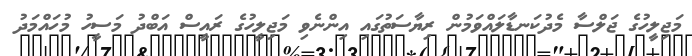
މަޖިލީހުގެ ޖަލްސާ މެދުކަނޑާލައްވަމުން ރިޔާސަތުގައި އިންނެވި މަޖިލީހުގެ ރައީސް އަބްދު މަސީހު މުހައްމަދު